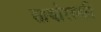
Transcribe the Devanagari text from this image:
सावोरस्की